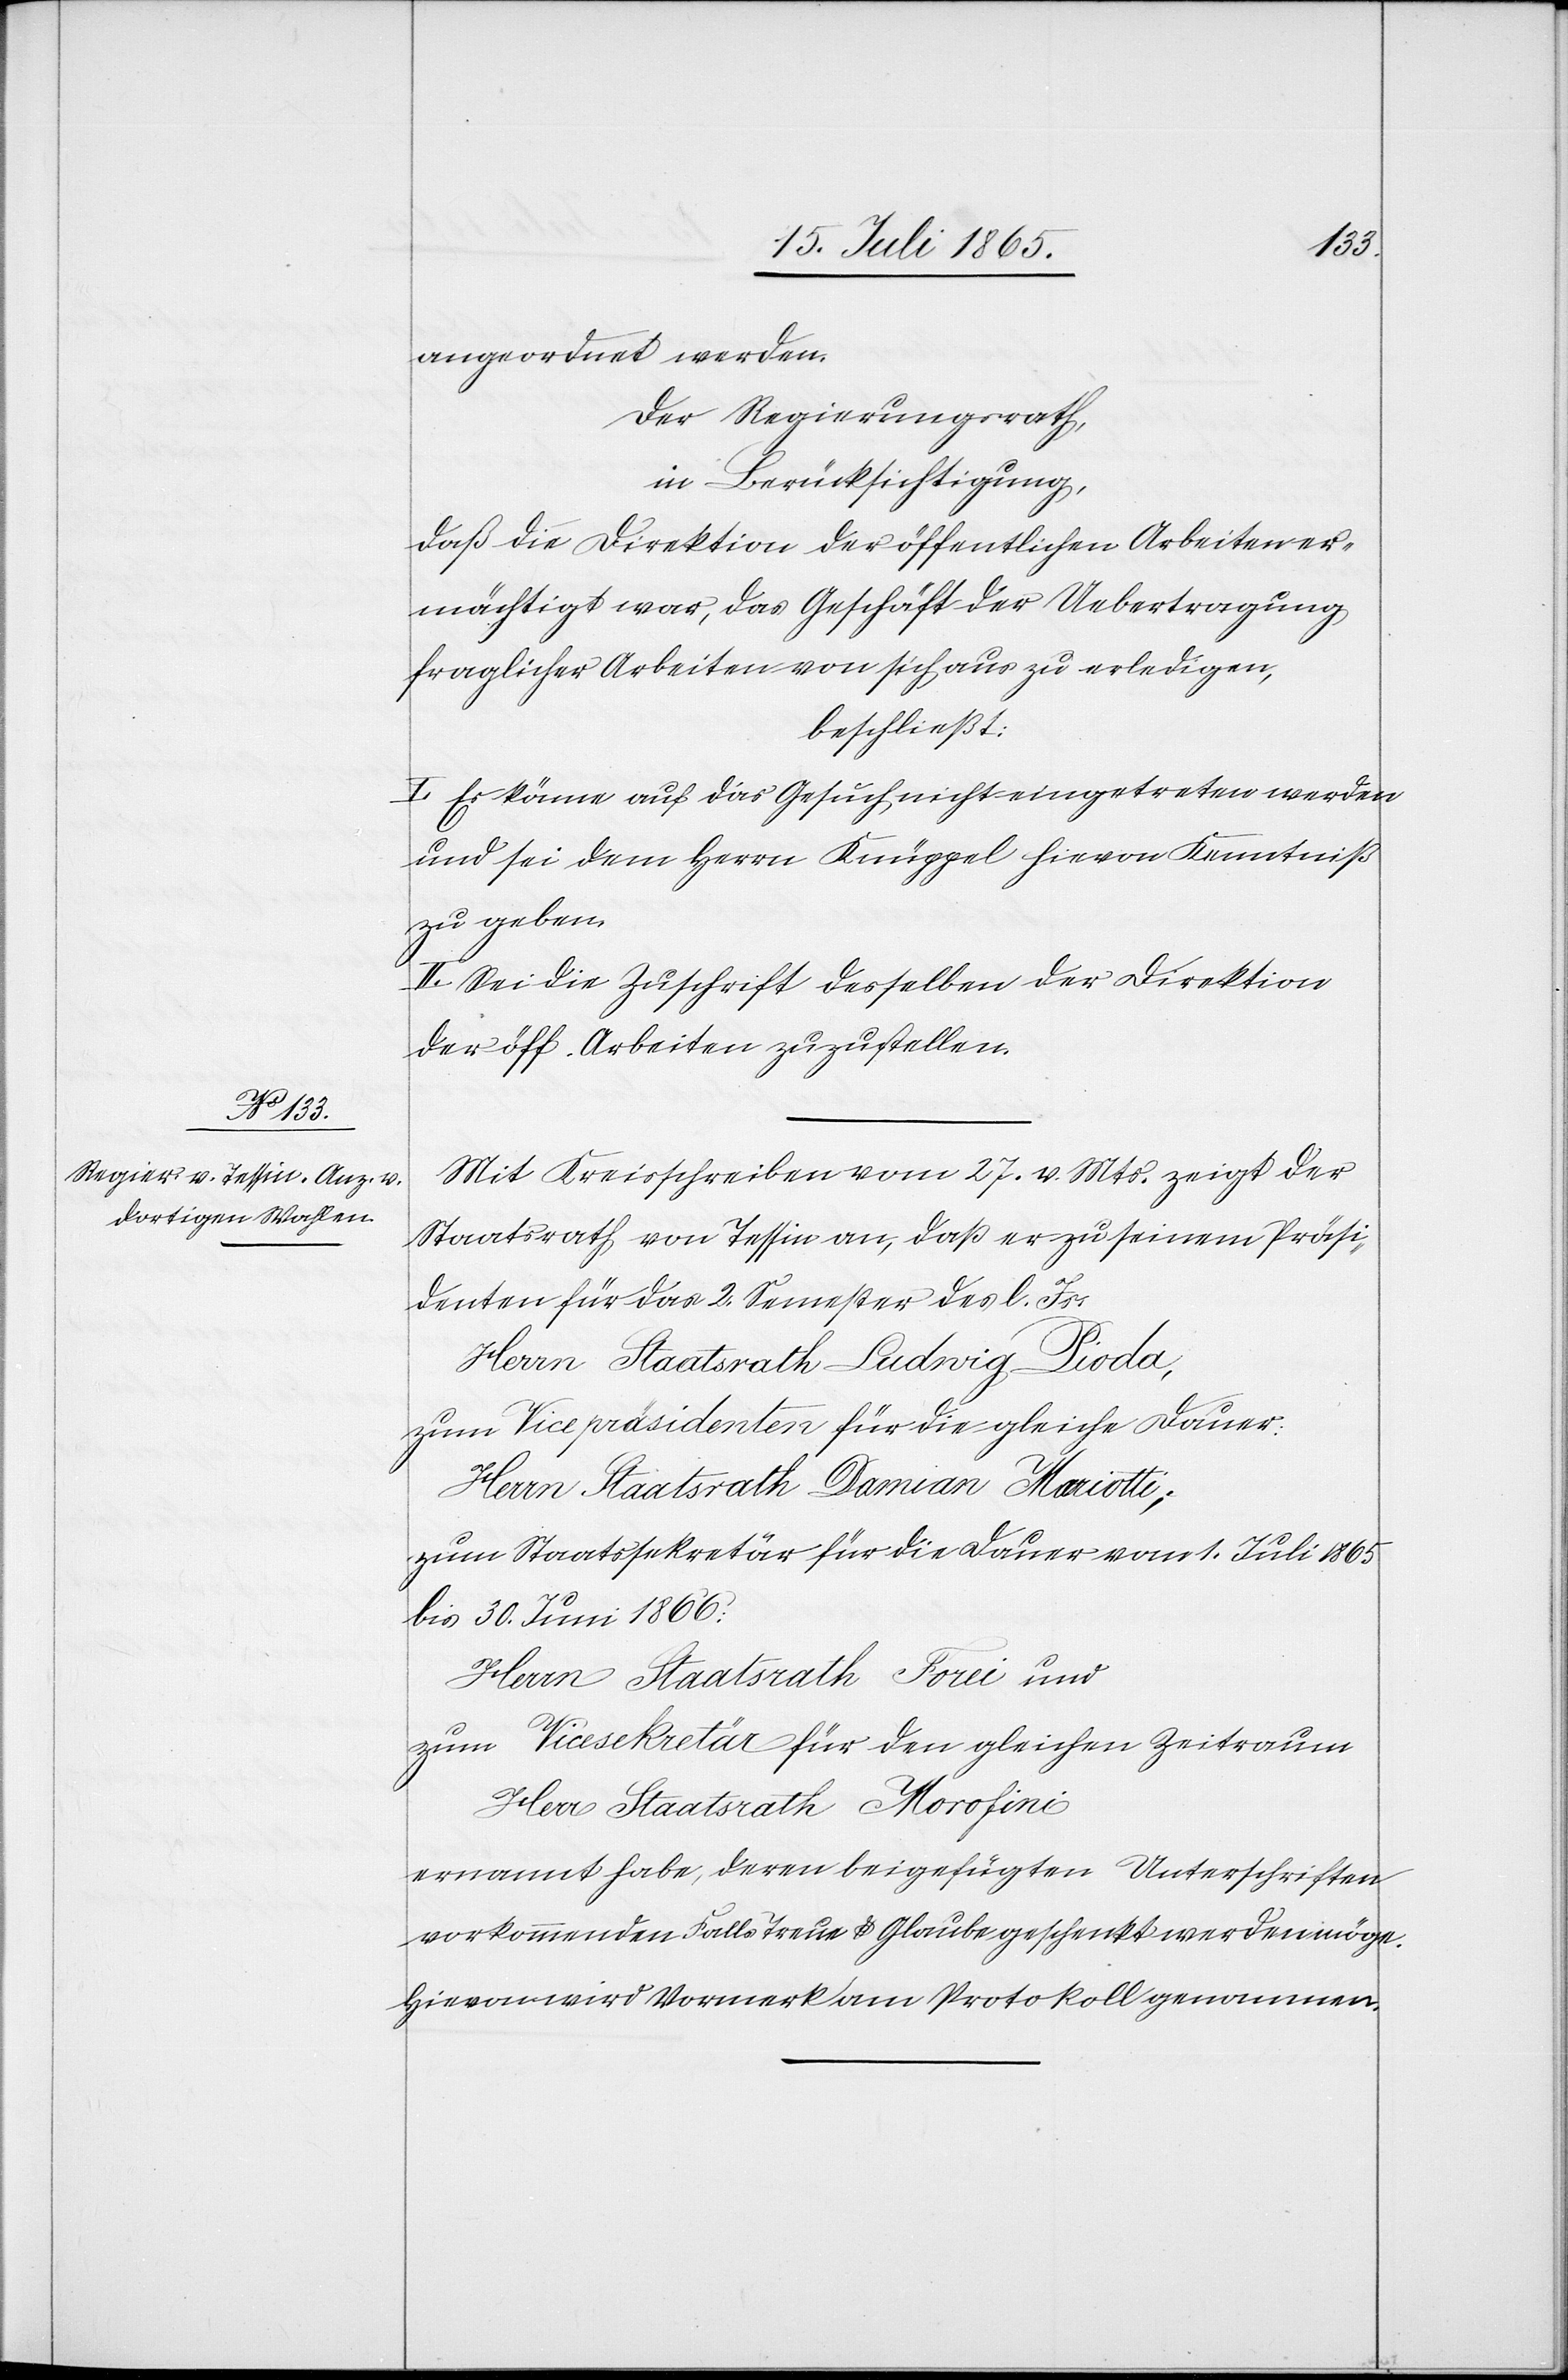
angeordnet werden.
Der Regierungsrath,
in Berücksichtigung,
daß die Direktion der öffentlichen Arbeiten er¬
mächtigt war, das Geschäft der Uebertragung
fraglicher Arbeiten von sich aus zu erledigen,
beschließt:
I. Es könne auf das Gesuch nicht eingetreten werden
und sei dem Herrn Knüppel hievon Kenntniß
zu geben.
II. Sei die Zuschrift desselben der Direktion
der öff. Arbeiten zuzustellen.
Mit Kreisschreiben vom 27. v. Mts. zeigt der
Staatsrath von Tessin an, daß er zu seinem Präsi¬
denten für das 2. Semester des l. Js.
Herrn Staatsrath Ludwig Pioda,
zum Vicepräsidenten für die gleiche Dauer:
Herrn Staatsrath Damian Mariotti;
zum Staatssekretär für die Dauer vom 1. Juli 1865
bis 30. Juni 1866:
Herr Staatsrath Forei und
zum Vicesekretär für den gleichen Zeitraum
Herr Staatsrath Morfini
ernannt habe, deren beigefügten Unterschriften
vorkommenden Falls Treue u. Glaube geschenkt werden möge.
Hievon wird Vormerk am Protokoll genommen.